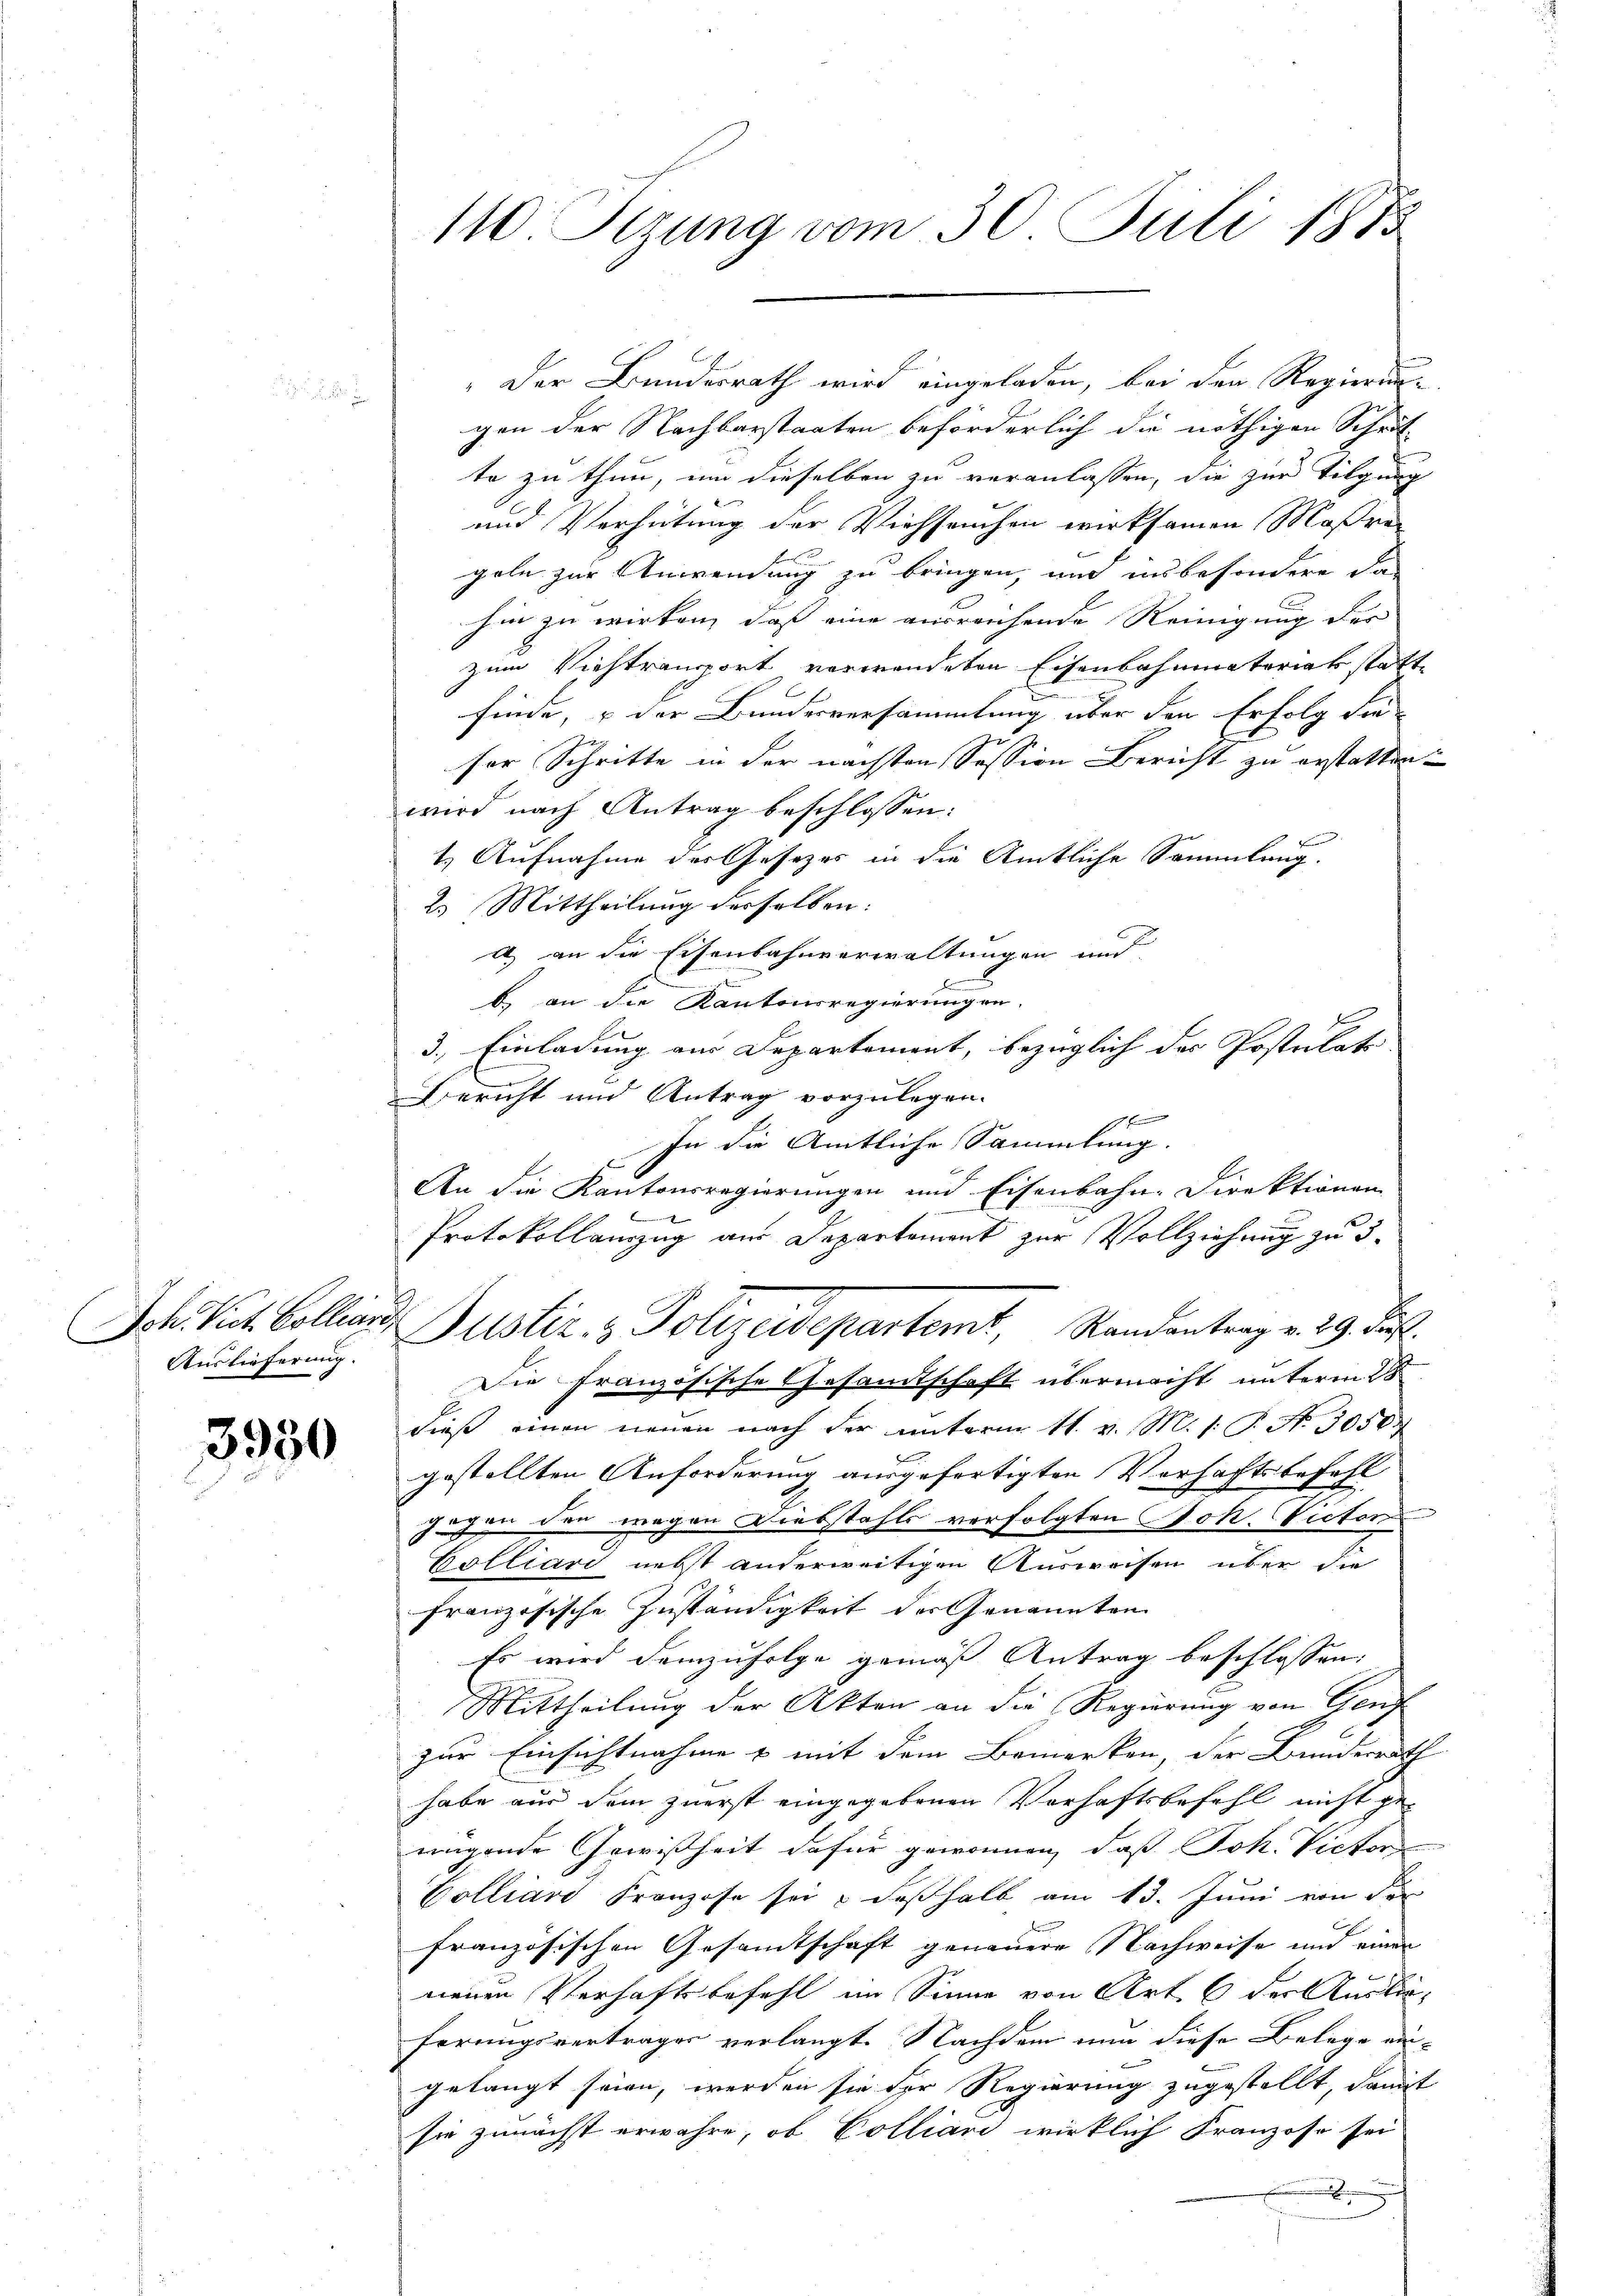
Joh. Pict. Colliani,
Auslieferung.

3950

110. Setzung vom 30. Juli 1873

„Der Bundesrath wird eingeladen, bei den Regierung-
gen der Nachbarstaaten beförderlich die nöthigen Schrit
te zu thun, um dieselben zu veranlassen, die zur Tilgung
und Verhütung der Viehseuchen wirksamen Maßregole zur Anwendung zu bringen, und insbesondere das
hin zu wirken, daß eine ausreichende Reinigung der
zum Viehtransport verwendeten Eisenbahnmateriak statt
finde, & der Bundesversammlung über den Erfolg die
ser Schritte in der nächsten Session Bericht zu erstatten.
wird nach Antrag beschlossen:
e
1.) Aufnahme des Gesetzes in die Amtliche Sammlung.
2.) Mittheilung desselben:
a) an die Eisenbahnverwaltungen und
b
b) an die Kantonsregierungen.
3.) Einladung aus Departement, bezüglich des Postulat
Bericht und Antrag vorzulegen.

In die Amtliche Sammlung.
An die Kantonsregierungen und Eisenbahn-Direktionen
.
Protokollauszug aus Departement zur Vollziehung zu 3.
Justiz- & Polizeidepartemt, Randantrag v. 29. Jus
Die Französische Gesamtschaft übermacht unterm 28
dieß einen neuen nach der unterm 11. v. M. s. S. N. 3050
1
gestellten Anforderung ausgefertigten Verhaftsbes
5
gegen den wegen Diebstahls verfolgten Joh. Rector
6
Colliari nebst anderweitigen Ausweisen über die
französische Zuständigkeit der Genannten
Es wird demzufolge gemäß Antrag beschlossen,
Mittheilung der Akten an die Regierung von Genf
zur Einsichtnahme & mit dem Bemerken der Bundesrath
habe aus dem zuerst eingegebenen Verhaftsbefehl nicht gemigende Gewißheit dafür gewonnen, daß Joh. Victor
Colliare Franzose sei & deßhalb am 13. Juni von der
E
französischen Gesamtschaft genauere Nachweise und einen
neuen Verhaftsbefehl im Sinne von Art. 6 der Auslieferungsvertrages verlangt. Nachdem nun diese Belege au-
gelangt seien, werden sie der Regierung zugestellt, damit
sie zunächst erwahre, ob Colliani wirklich Franzose sei
.